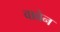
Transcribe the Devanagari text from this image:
वाबेन